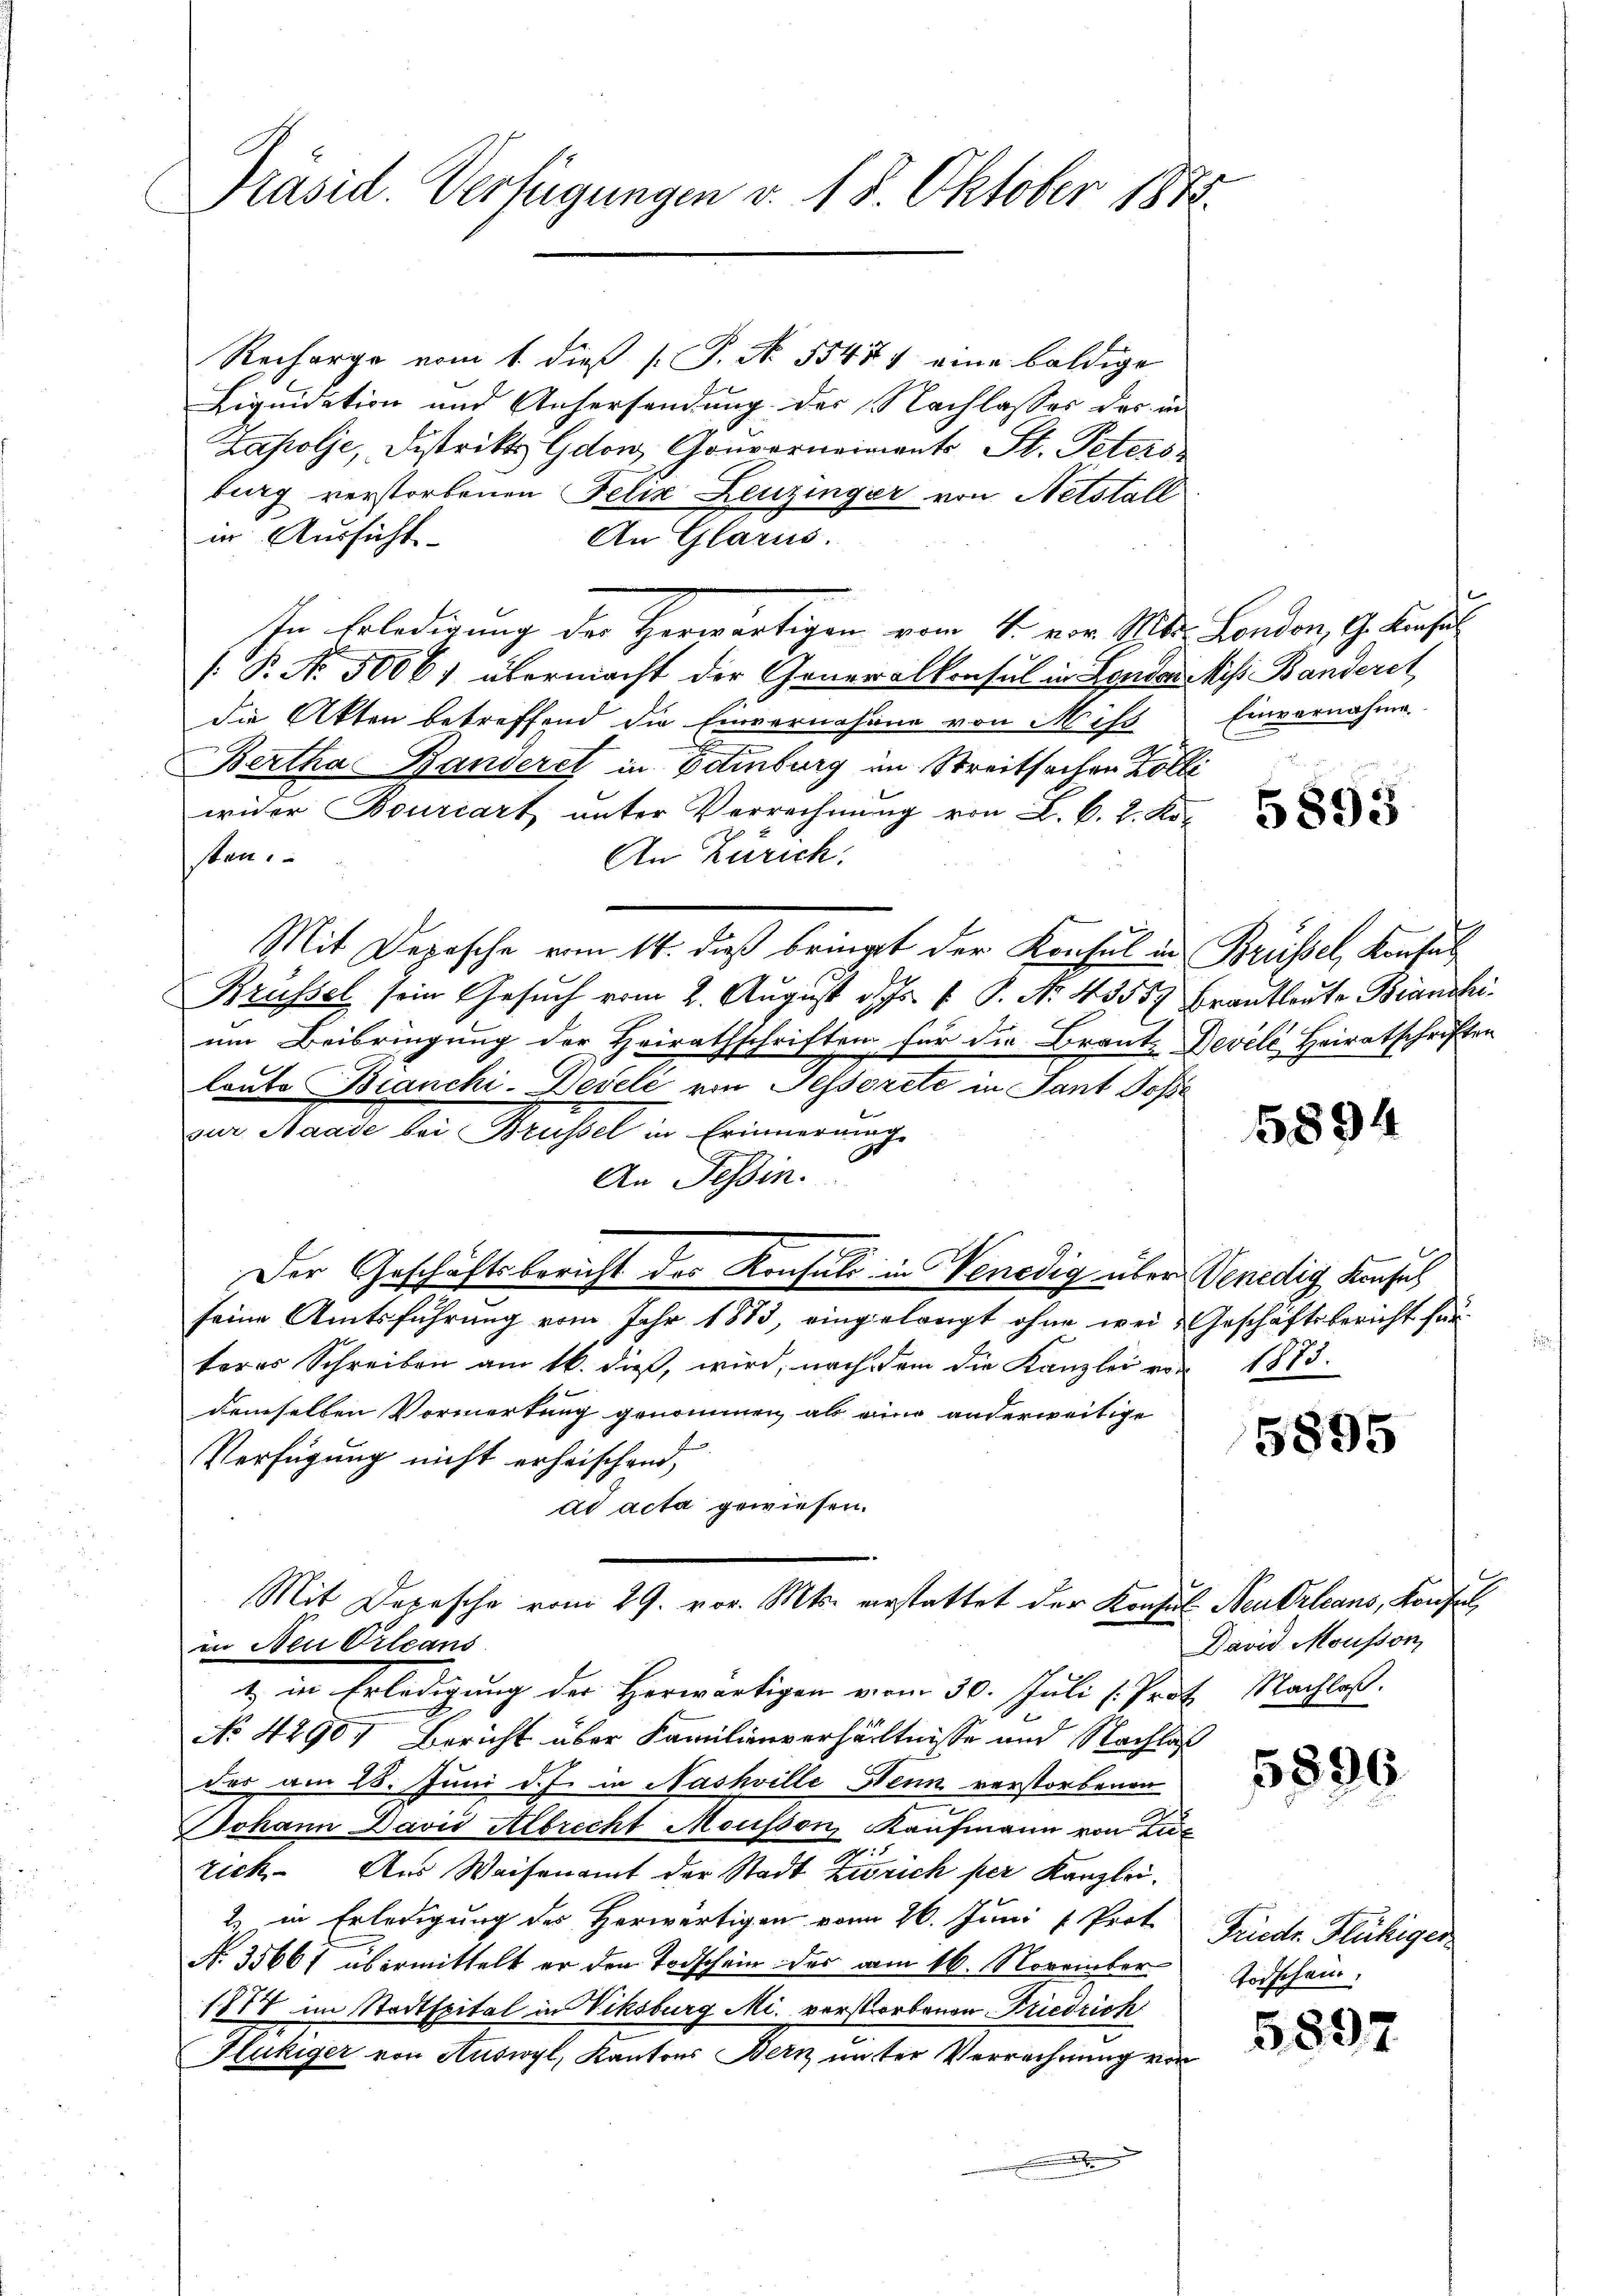
Präsid. Verfügungen v. 18. Oktober 1848.

Recharge vom 1. dieß P. Nr. 554 eine baldige
Liquidation und Anhersendung der Nachlasses der in
Zapolje, Distrikt Gdon, Gouverneinants St. Peters
burg verstorbenen Felix Leuzinger von Netstall
in Aussicht
An Glarus.
In Erledigung der Herwärtigen vom 4. vor. Mts. London, G. Konsul
[: P. No. 5006. übermacht der Generalkonsul in Landauskiss. Banderet,
die Akten betreffend die Einvernahme von Miss
Bertha Banderet in Edinburg im Streitsachen Zolli
wider Bourcart unter Verrechnŭng von L. B. 2. Ko-
sten.
An Zürich.
Mit Derrsche vom 14. dieß bringt der Konsul in Brüssel, Konsul
Brüssel sein Gesuch vom 2. August d. Js. v. P. Nr. 43557 Brautleute Branchi
um Beibringung der Heirathschriften für die Braut- Devele Heiratschriften
loato Bianchi-Develi von Tessoreté in Tant Jose
zur Baade bei Brüssel in Erinnerung
An Tessin.
Der Geschäftsbericht des Konsuls in Venedig über Venedig Konsul
seine Amtsführung vom Jahr 1883, eingelangt ohne wei-Geschäftsbericht für
teres Schreiben am 16. dieß, wird, nach dem die Kanzlei von 1873.
demselben Vormerkung genommen als eine anderweitige
Verfügung nicht erheischend,
dd acta gewiesen.
Mit Depesche vom 29. vor. Mts. verstattet der Konsul Neudrleans, Konfel
in Neu Orleans
t in Erledigung der Herwärtigen vom 30. Juli [Prof. Nachloß.
No 42907 Bericht über Familienverhältnisse und Nachlaß
der am 28. Juni d. J. in Nashville Nenn verstorbenen
Johann David Albrecht Mousson, Kaufmann von Luz
rick. Aus Weisenamt der Stadt Zürich per Kanzlei¬
2. in Erledigung des Herwärtigen vom 26. Juni v. Prot. Friedr. Flückiger
No. 35667 übermittelt er den Todschein des vom 16. November
1878 im Stadtspital in Viksburg Mi. verstorbenen Friedrich
Klukiger von Auswyl, Kantons Bern unter Verrechnung von

Einvernahme.

5893

5894

5895

David Mousson,

5896

Todschein.

5897